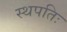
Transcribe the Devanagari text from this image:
स्थपतिः